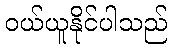
ဝယ်ယူနိုင်ပါသည်